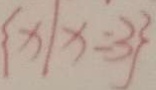
\{ x \vert x = 3 \}